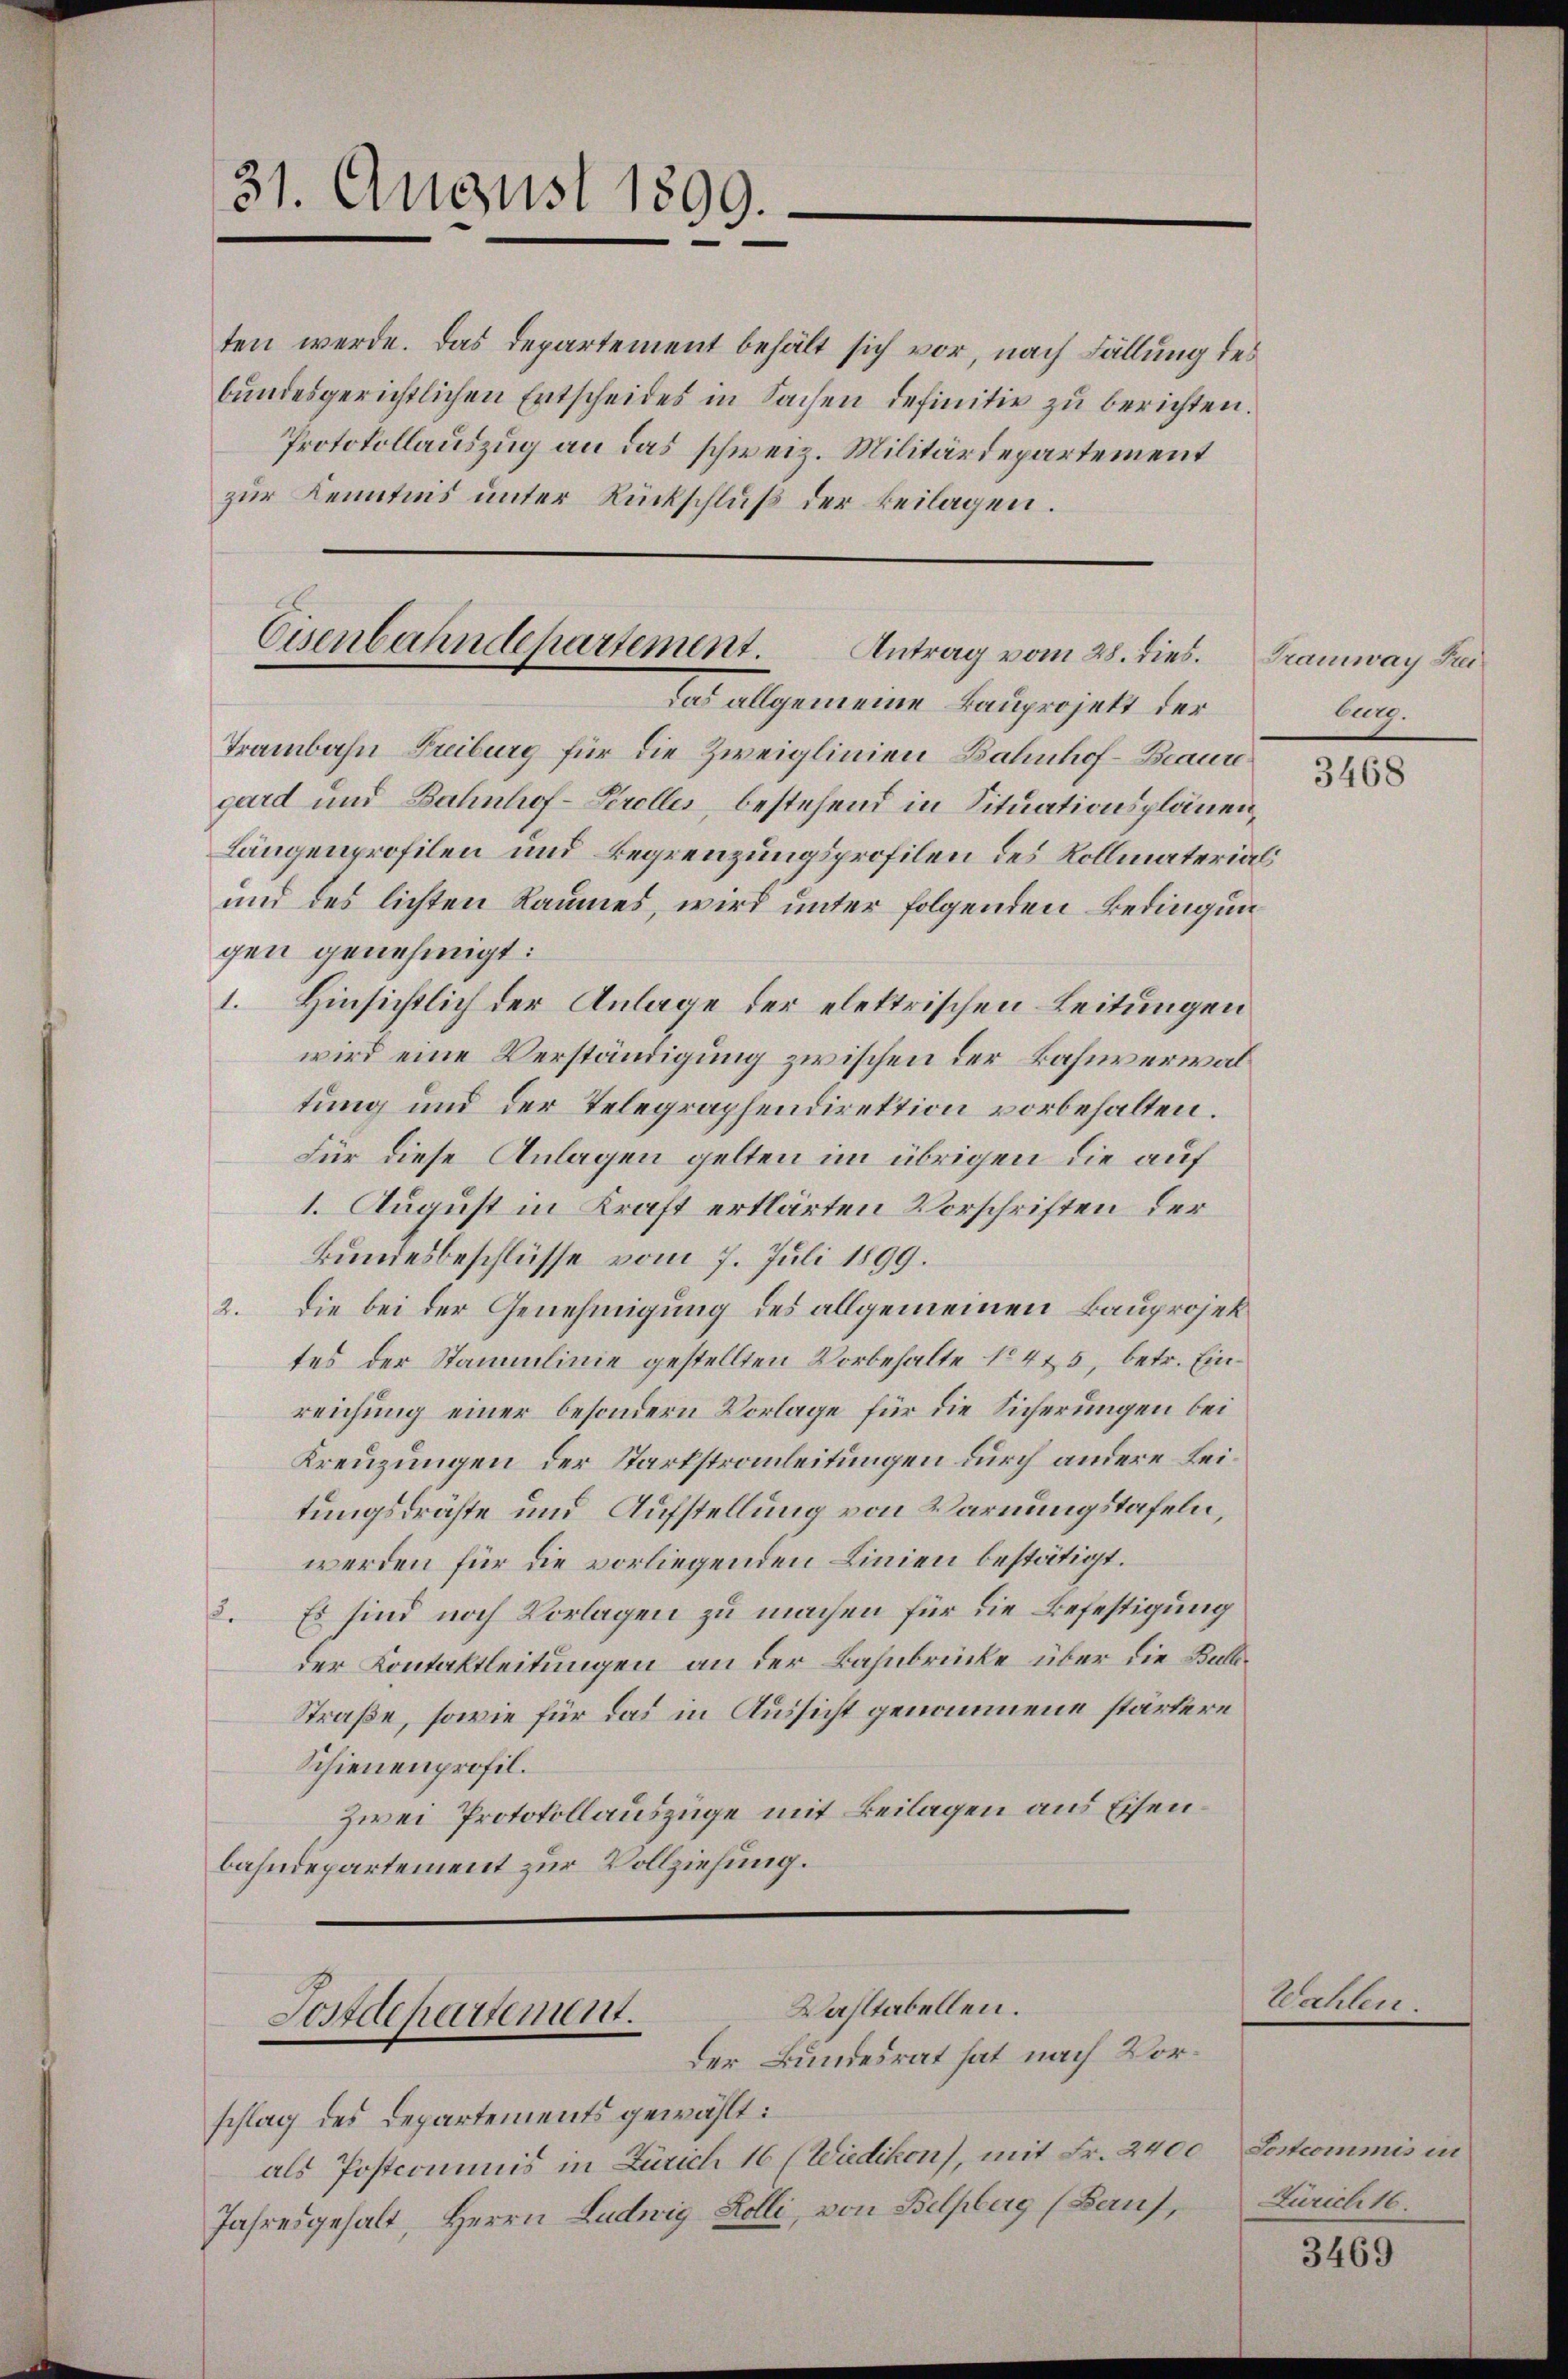
ten werde. Das Departement behält sich vor, nach Fällung des
bŭndesgerichtlichen Entscheides in Sachen definitiv zu berichten.
Protokollauszug an das schweiz. Militärdepartement
zur Kenntnis unter Rückschluß der Beilagen.

31. August 1899.

Cisenbahndepartement. Antrag vom 28. dies.

das allgemeine Bauprojekt der
Trambahn Freiburg für die Zweiglinien Bahnhof-Beaure
gard und Bahnhof-Serolles, bestehend in Situationsplänen¬
Längenprofilen und Begrenzungsprofilen des Vollmaterial
und des lichten Raumes, wird unter folgenden Bedingungen genehmigt:
1. Hinsichtlich der Anlage der elektrischen Leitungen
wird eine Verständigung zwischen der Bahnverwaltung und der Telegraphendirektion vorbehalten.
Für diese Anlagen gelten im übrigen die auf
1. August in Kraft erklärten Vorschriften der
Bundesbeschlüsse vom 7. Juli 1899.
2. Die bei der Genehmigung des allgemeinen Bauprojektes der Stammlinie gestellten Vorbehalte No 4 & 5, betr. Einreichung einer besondern Vorlage für die Sicherungen bei
Kreuzungen der Starkstrauleitungen durch andere Leitungsdrähte und Aufstellung von Warnungstafeln,
werden für die vorliegenden Linien bestätigt.
3. Es sind noch Vorlagen zu machen für die Befestigung
der Kontaktleitungen an der Bahnbrücke über die Bull¬
Straße, sowie für das in Aussicht genommene stärtere
Schienenprofil.
Zwei Protokollauszüge mit Beilagen aus Eisenbahndepartement zur Vollziehung.
Wahltabellen.
Postdepartement.
Der Bundesrat hat nach Vorschlag des Departements gewählt:
als Postcommis in Zürich 16 (Wiedikon), mit Fr. 2400 Sostcommis in
Jahresgehalt, Herrn Ludwig Kolli, von Belpberg (Bauf, Zürich 16.

Tramway Frei
lug.

3468

Wahlen.

3469